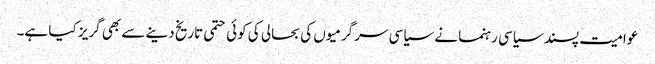
عوامیت پسند سیاسی رہنما نے سیاسی سرگرمیوں کی بحالی کی کوئی حتمی تاریخ دینے سے بھی گریز کیا ہے۔